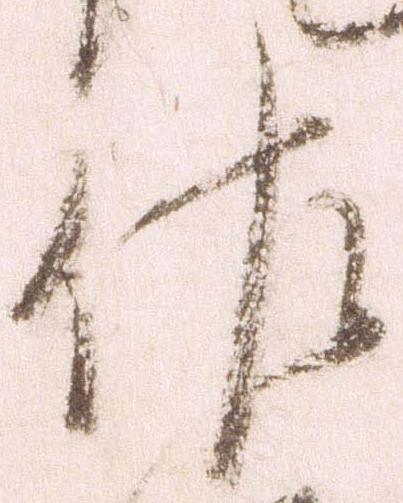
佐